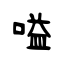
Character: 嗌